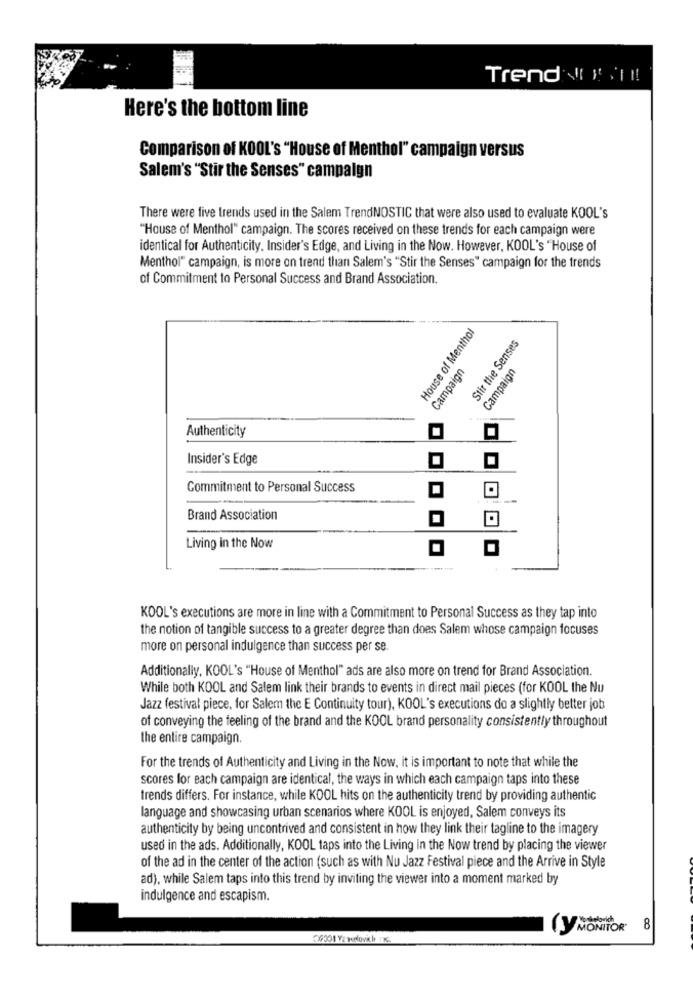
Trend DI !!
Here's the bottom line
Comparison of KOOL's "House of Menthol" campaign versus
Salem's "Stir the Senses" campaign
There were five trends used in the Salem TrendNOSTIC that were also used to evaluate KOOL's
"House of Menthol" campaign. The scores received on these trends for each campaign were
identical for Authenticity. Insider's Edge, and Living in the Now. However, KOOL's "House of
Menthol" campaign, is more on trend than Salem's "Stir the Senses" campaign for the trends
of Commitment to Personal Success and Brand Association.
House of Menthol
Stir the Senses
Campaign
Campaign
.
Authenticity
Insider's Edge
Commitment to Personal Success
Brand Association
Living in the Now
KOOL's executions are more in line with a Commitment to Personal Success as they tap into
the notion of tangible success to a greater degree than does Salem whose campaign focuses
more on personal indulgence than success per se
Additionally, KOOL's "House of Menthol" ads are also more on trend for Brand Association.
While both KOOL and Salem link their brands to events in direct mail pieces (for KOOL the Nu
Jazz festival piece, for Salem the E Continuity tour), KOOL's executions do a slightly better job
of conveying the feeling of the brand and the KOOL brand personality consistently throughout
the entire campaign.
For the trends of Authenticity and Living in the Now, it is important to note that while the
scores for each campaign are identical, the ways in which each campaign taps into these
trends differs. For instance, while KOOL hits on the authenticity trend by providing authentic
language and showcasing urban scenarios where KOOL is enjoyed, Salem conveys its
authenticity by being uncontrived and consistent in how they link their tagline to the imagery
used in the ads. Additionally, KOOL taps into the Living in the Now trend by placing the viewer
of the ad in the center of the action (such as with Nu Jazz Festival piece and the Arrive in Style
ad), while Salem taps into this trend by inviting the viewer into a moment marked by
indulgence and escapism.
8